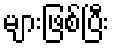
များဖြစ်ပြီး